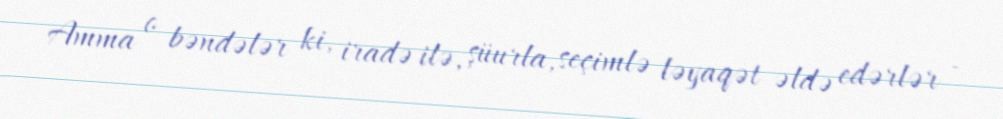
Amma o bəndələr ki, iradə ilə, şüurla, seçimlə ləyaqət əldə edərlər -